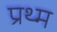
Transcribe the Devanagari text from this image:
प्रथ्म